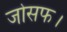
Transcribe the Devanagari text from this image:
जोसफ।